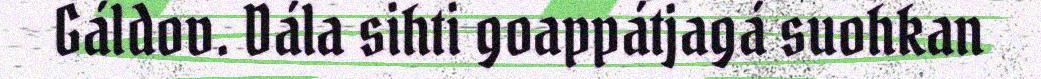
Gáldov. Dála sihti goappátjagá suohkan